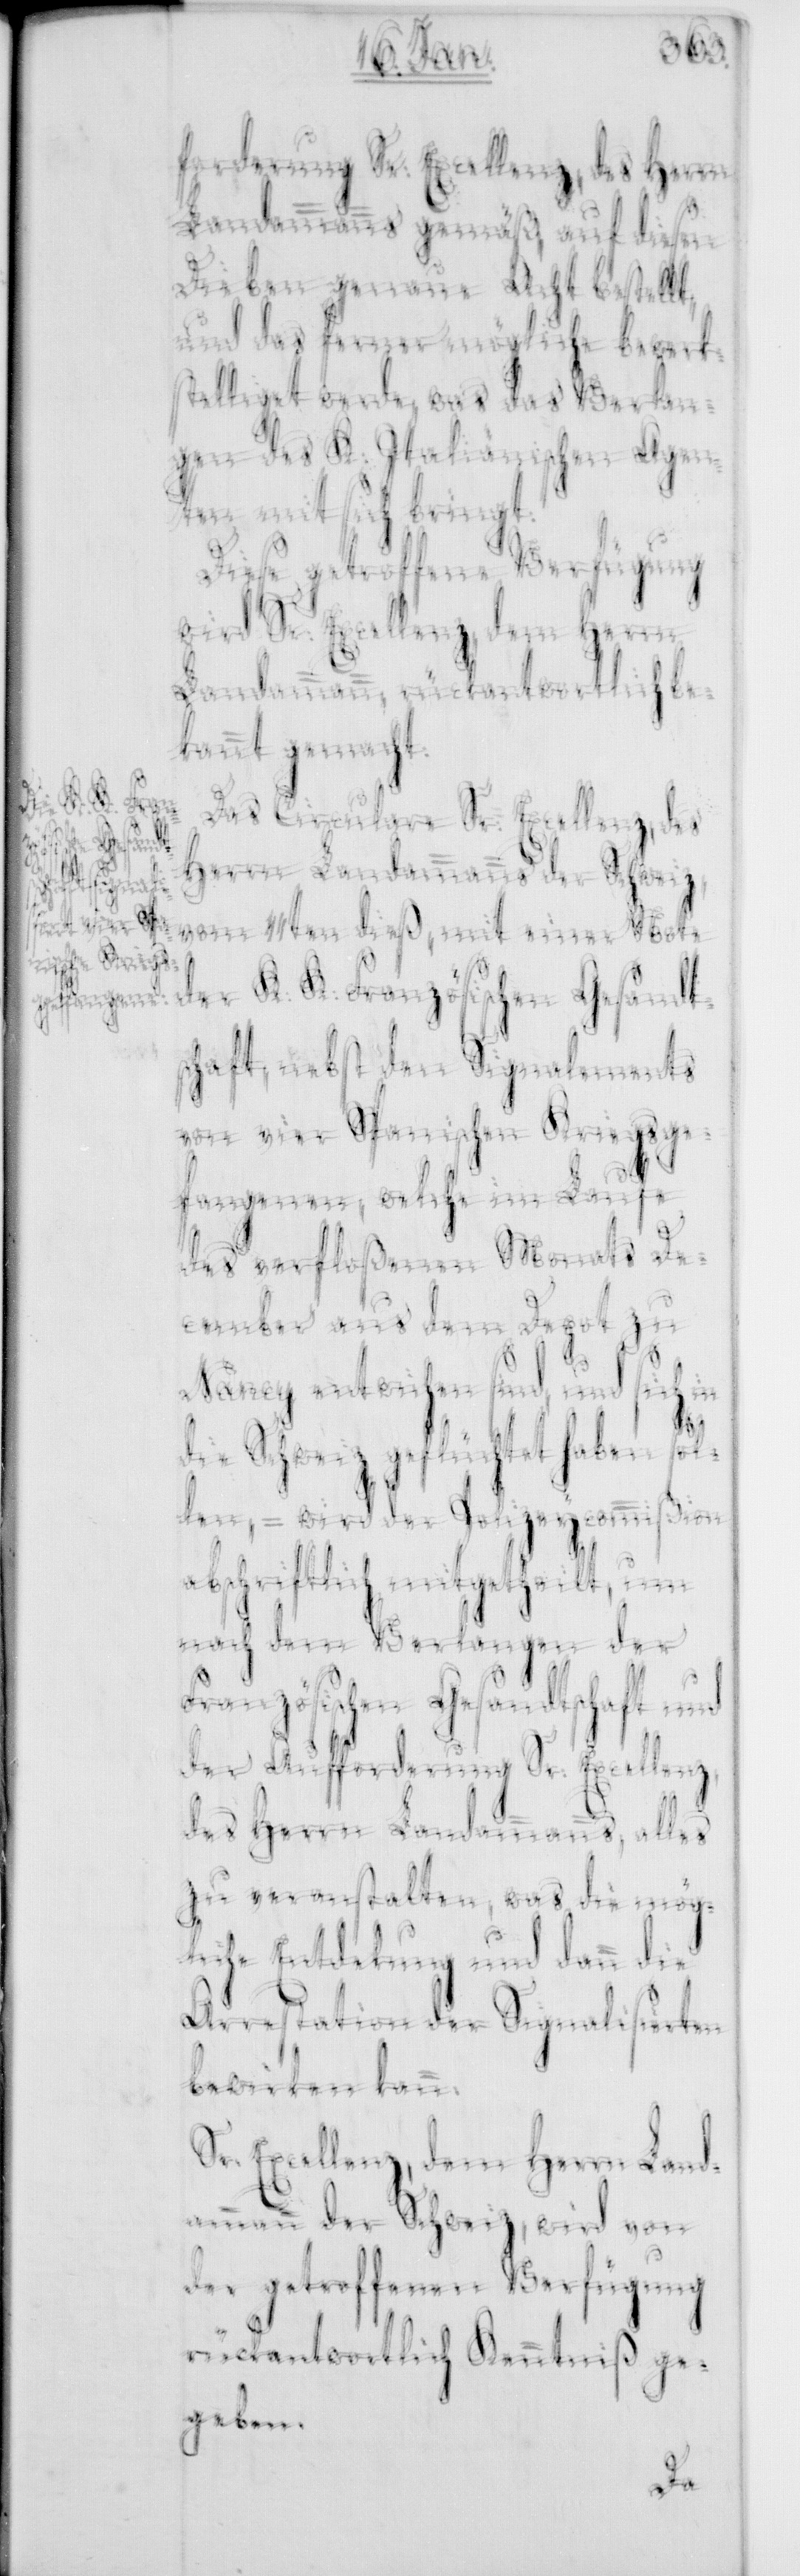
forderung Sr. Excellenz, des Herrn
Landammanns gemäß, auf diesen
Dieben genaue Acht bestellt,
und das ferner Mögliche bewerk¬
stelliget werde, was das Verlan¬
gen des K. Italiänischen Agen¬
ten mit sich bringt.
Diese getroffene Verfügung
wird Sr. Excellenz, dem Herrn
Landammann, rückantwortlich be¬
kannt gemacht.
Das Circulare Sr. Excellenz, des
Herrn Landammanns der Schweiz
vom 11ten dieß, mit einer Note
der K. K. Französischen Gesandts¬
chaft, nebst den Signalements
von vier Spanischen Kriegsge¬
fangenen, welche im Laufe
des verfloßenen Monats De¬
cember aus dem Depot zu
Nancy entwichen sind, und sich
die Schweiz geflüchtet haben sol¬
len, – wird der Polizeycommißion
abschriftlich mitgetheilt, um
nach dem Verlangen der
Französischen Gesandtschaft und
der Aufforderung Sr. Excellenz
des Herrn Landammanns, alles
zu veranstalten, was die mög¬
liche Entdeckung und dann die
Arrestation der Signalisierten
bewirken kann.
Sr. Excellenz, dem Herrn Land¬
ammann der Schweiz, wird von
der getroffenen Verfügung
rückantwortlich Kenntniß ge¬
geben.